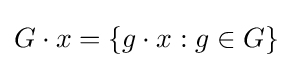
G\cdot x=\{g\cdot x:g\in G\}